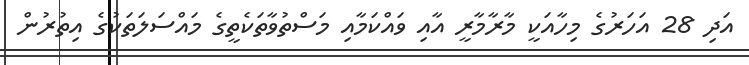
އަދި 28 އަހަރުގެ މިހާއަކީ މާރާމާރީ އާއި ވައްކަމާއި މަސްތުވާތަކެތީގެ މައްސަލަތަކުގެ އިތުރުން